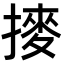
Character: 𫝾